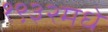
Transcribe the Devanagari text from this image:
१९३२मधे